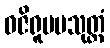
ဝဇိရူပမသုတ္တံ